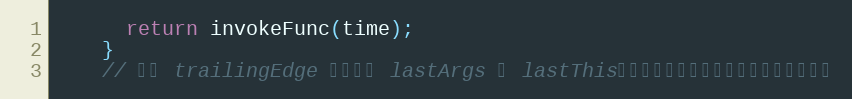
Language: JavaScript
      return invokeFunc(time);
    }
    // 每次 trailingEdge 都会清除 lastArgs 和 lastThis，目的是避免最后一次函数被执行了两次